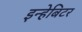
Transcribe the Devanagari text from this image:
इन्हेबिटर